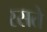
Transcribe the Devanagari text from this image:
रसते